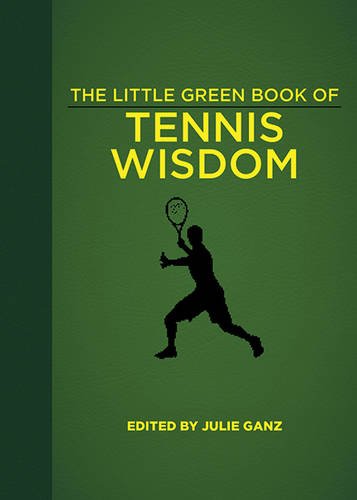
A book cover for The Little Green Book of Tennis Wisdom; Sports & Outdoors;